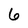
Character: 6